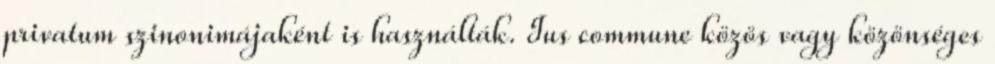
privatum szinonimájaként is használták. Ius commune közös vagy közönséges